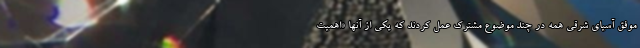
موفق آسیای شرقی همه در چند موضوع مشترک عمل کردند که یکی از آنها «اهمیت